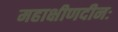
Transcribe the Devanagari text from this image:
महाक्षीणदीनः